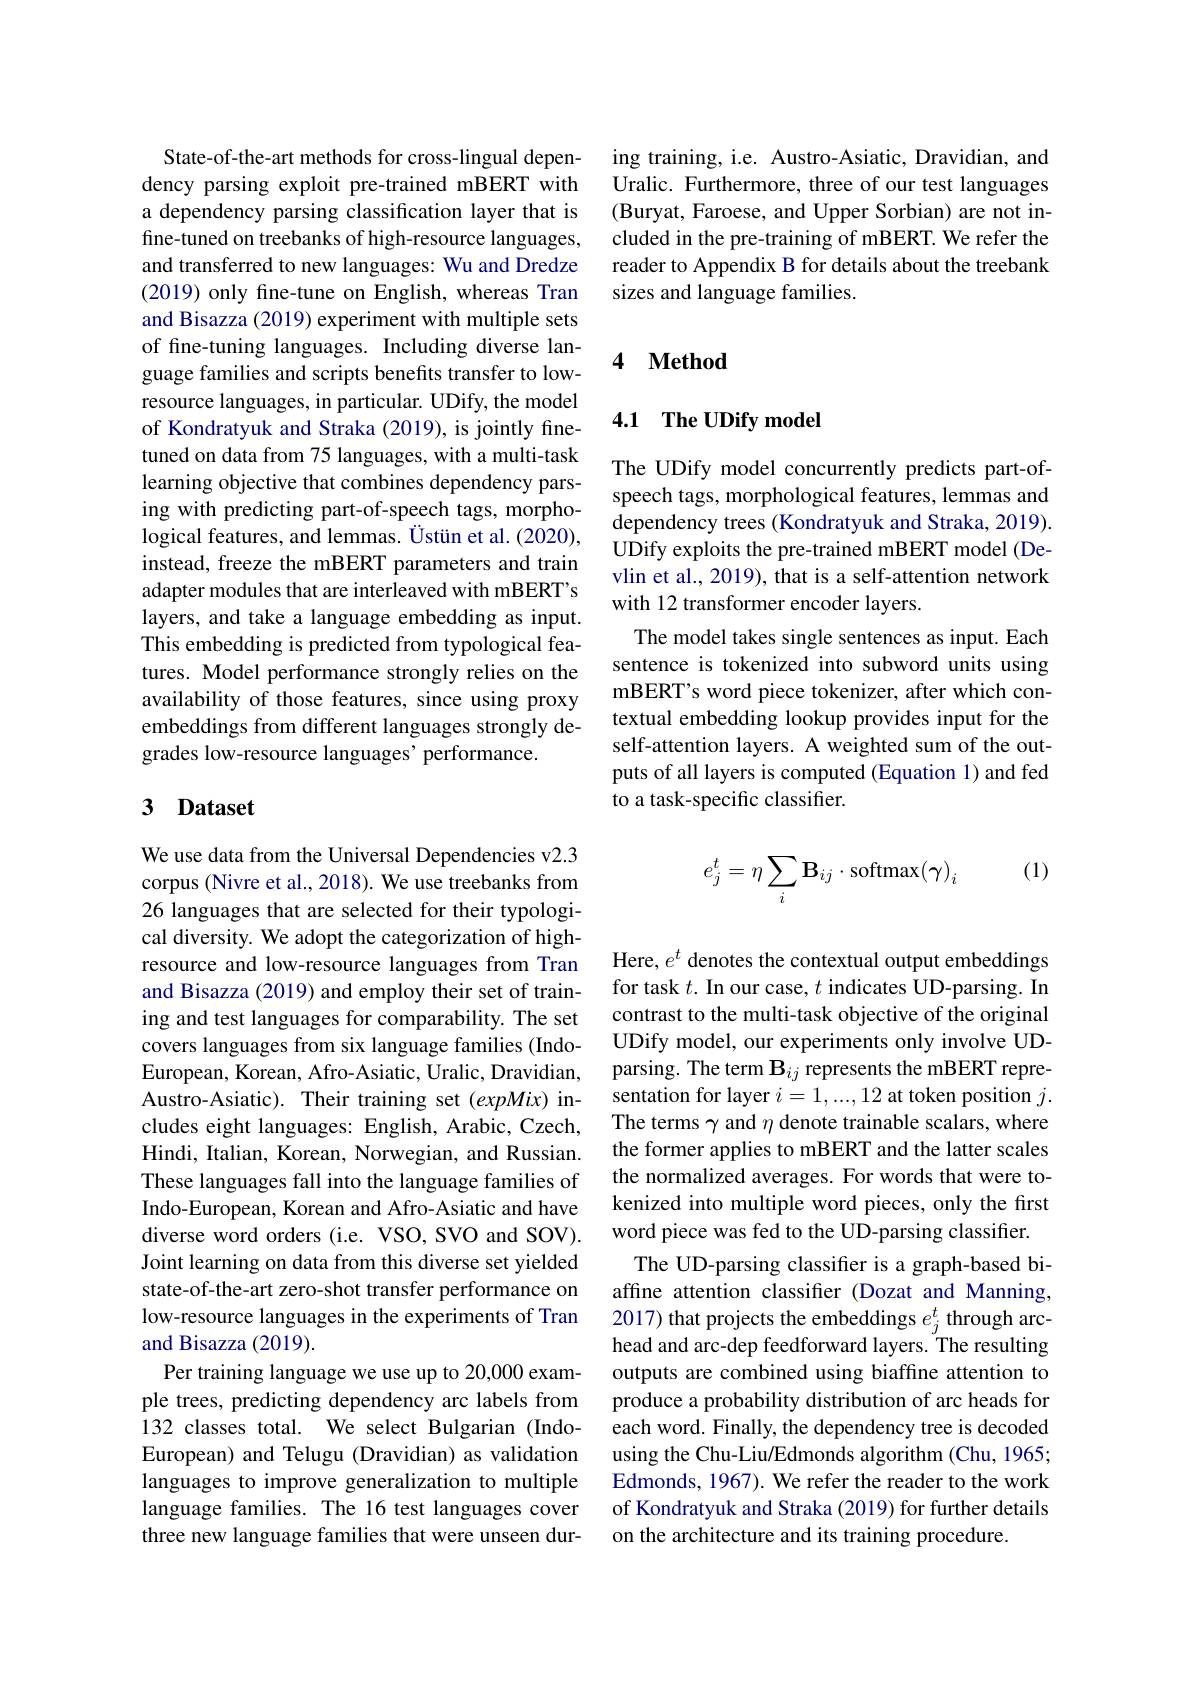
State-of-the-art methods for cross-lingual dependency parsing exploit pre-trained mBERT with a dependency parsing classification layer that is fine-tuned on treebanks of high-resource languages, and transferred to new languages: Wu and Dredze (2019) only fine-tune on English, whereas Tran and Bisazza (2019) experiment with multiple sets of fine-tuning languages. Including diverse language families and scripts benefits transfer to lowresource languages, in particular. UDify, the model of Kondratyuk and Straka (2019), is jointly finetuned on data from 75 languages, with a multi-task learning objective that combines dependency parsing with predicting part-of-speech tags, morphological features, and lemmas. Üstün et al. (2020), instead, freeze the mBERT parameters and train adapter modules that are interleaved with mBERT's layers, and take a language embedding as input. This embedding is predicted from typological features. Model performance strongly relies on the availability of those features, since using proxy embeddings from different languages strongly degrades low-resource languages' performance.

## 3 Dataset

We use data from the Universal Dependencies v2.3 corpus (Nivre et al., 2018). We use treebanks from 26 languages that are selected for their typological diversity. We adopt the categorization of highresource and low-resource languages from Tran and Bisazza (2019) and employ their set of training and test languages for comparability. The set covers languages from six language families (IndoEuropean, Korean, Afro-Asiatic, Uralic, Dravidian, Austro-Asiatic). Their training set $(expMix)$ includes eight languages: English, Arabic, Czech, Hindi, Italian, Korean, Norwegian, and Russian. These languages fall into the language families of Indo-European, Korean and Afro-Asiatic and have diverse word orders (i.e. VSO, SVO and SOV). Joint learning on data from this diverse set yielded state-of-the-art zero-shot transfer performance on low-resource languages in the experiments of Tran and Bisazza (2019).
Per training language we use up to 20,000 example trees, predicting dependency arc labels from 132 classes total. We select Bulgarian (IndoEuropean) and Telugu (Dravidian) as validation languages to improve generalization to multiple language families. The 16 test languages cover three new language families that were unseen dur-

ing training, i.e. Austro-Asiatic, Dravidian, and Uralic. Furthermore, three of our test languages (Buryat, Faroese, and Upper Sorbian) are not included in the pre-training of mBERT. We refer the reader to Appendix B for details about the treebank sizes and language families.

### 4 $\textbf{Method}$

## 4.1 The UDify model

The UDify model concurrently predicts part-ofspeech tags, morphological features, lemmas and dependency trees (Kondratyuk and Straka, 2019). UDify exploits the pre-trained mBERT model (Devlin et al., 2019), that is a self-attention network with 12 transformer encoder layers.
The model takes single sentences as input. Each sentence is tokenized into subword units using mBERT's word piece tokenizer, after which contextual embedding lookup provides input for the self-attention layers. A weighted sum of the outputs of all layers is computed (Equation 1) and fed to a task-specific classifier.

(1)
$$e_j^t=\eta\sum_i\mathbf{B}_{ij}\cdot\mathrm{softmax}(\gamma)_i$$
Here, $e^t$ denotes the contextual output embeddings for task $t.$ In our case, $t$ indicates UD-parsing. In contrast to the multi-task objective of the original UDify model, our experiments only involve UDparsing. The term $\mathbf{B}_{ij}$ represents the mBERT representation for layer $i=1,...,12$ at token position $j.$ The terms $\gamma$ and $\eta$ denote trainable scalars, where the former applies to mBERT and the latter scales the normalized averages. For words that were tokenized into multiple word pieces, only the first word piece was fed to the UD-parsing classifier.
The UD-parsing classifier is a graph-based biaffine attention classifier (Dozat and Manning, 2017) that projects the embeddings $e_j^t$ through archead and arc-dep feedforward layers. The resulting outputs are combined using biaffine attention to produce a probability distribution of arc heads for each word. Finally, the dependency tree is decoded using the Chu-Liu/Edmonds algorithm (Chu, 1965; Edmonds, 1967). We refer the reader to the work of Kondratyuk and Straka (2019) for further details on the architecture and its training procedure.